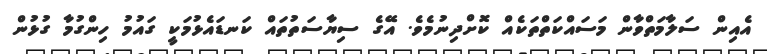
އެއިން ސަލާމަތްވާން މަސައްކަތްތަކެއް ކޮށްދިނުމެވެ. އޭގެ ސިޔާސަތުތައް ކަނޑައެޅުމަކީ ގައުމު ހިންގުމާ ގުޅުން